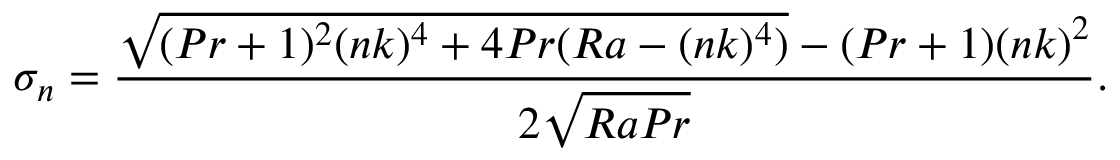
\sigma _ { n } = \frac { \sqrt { ( P r + 1 ) ^ { 2 } ( n k ) ^ { 4 } + 4 P r ( R a - ( n k ) ^ { 4 } ) } - ( P r + 1 ) ( n k ) ^ { 2 } } { 2 \sqrt { R a P r } } .